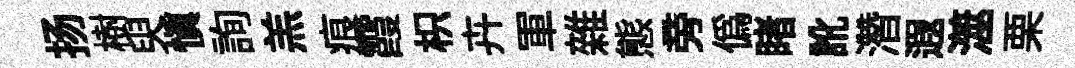
扬樹臾愼詢羔痕霞枳卉軍雜態旁僞睹訛濳遐澨栗